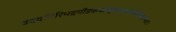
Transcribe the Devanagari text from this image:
उदयगिरिभद्रगौडकपौण्ड्रोत्कलकाषिमेकलाम्बष्ठाः।